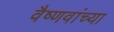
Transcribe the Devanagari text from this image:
वैष्णवांच्या